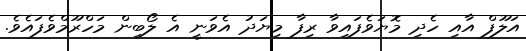
އަލޫފް އާއި ހެދި މޮޔަވެފައިވާ ރިފާ މިޔަދު އެވަނީ އެ ލޯބިން މަހްރޫމްވެފައެވެ.